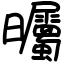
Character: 曯